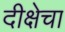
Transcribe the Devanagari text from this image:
दीक्षेचा